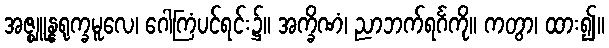
အဇ္ဈူန္နရုက္ခမူလေ၊ ဂေါကြံပင်ရင်း၌။ အက္ခိဏံ၊ ညာဘက်ရင်္ဂကို။ ကတွာ၊ ထား၍။